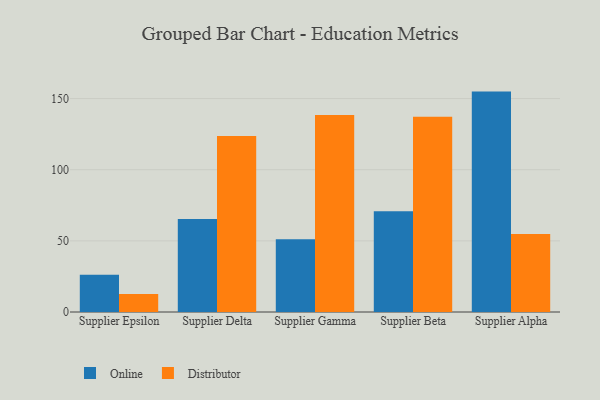
{"axis": {"x": "Supplier", "y": "Waste Production (Tons)"}, "legend": ["Distributor", "Online"], "data": [{"x": "Supplier Epsilon", "y": 26.2, "type": "Online"}, {"x": "Supplier Epsilon", "y": 12.6, "type": "Distributor"}, {"x": "Supplier Delta", "y": 65.4, "type": "Online"}, {"x": "Supplier Delta", "y": 123.7, "type": "Distributor"}, {"x": "Supplier Gamma", "y": 51.2, "type": "Online"}, {"x": "Supplier Gamma", "y": 138.5, "type": "Distributor"}, {"x": "Supplier Beta", "y": 70.8, "type": "Online"}, {"x": "Supplier Beta", "y": 137.2, "type": "Distributor"}, {"x": "Supplier Alpha", "y": 154.9, "type": "Online"}, {"x": "Supplier Alpha", "y": 54.9, "type": "Distributor"}]}